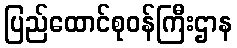
ပြည်ထောင်စုဝန်ကြီးဌာန